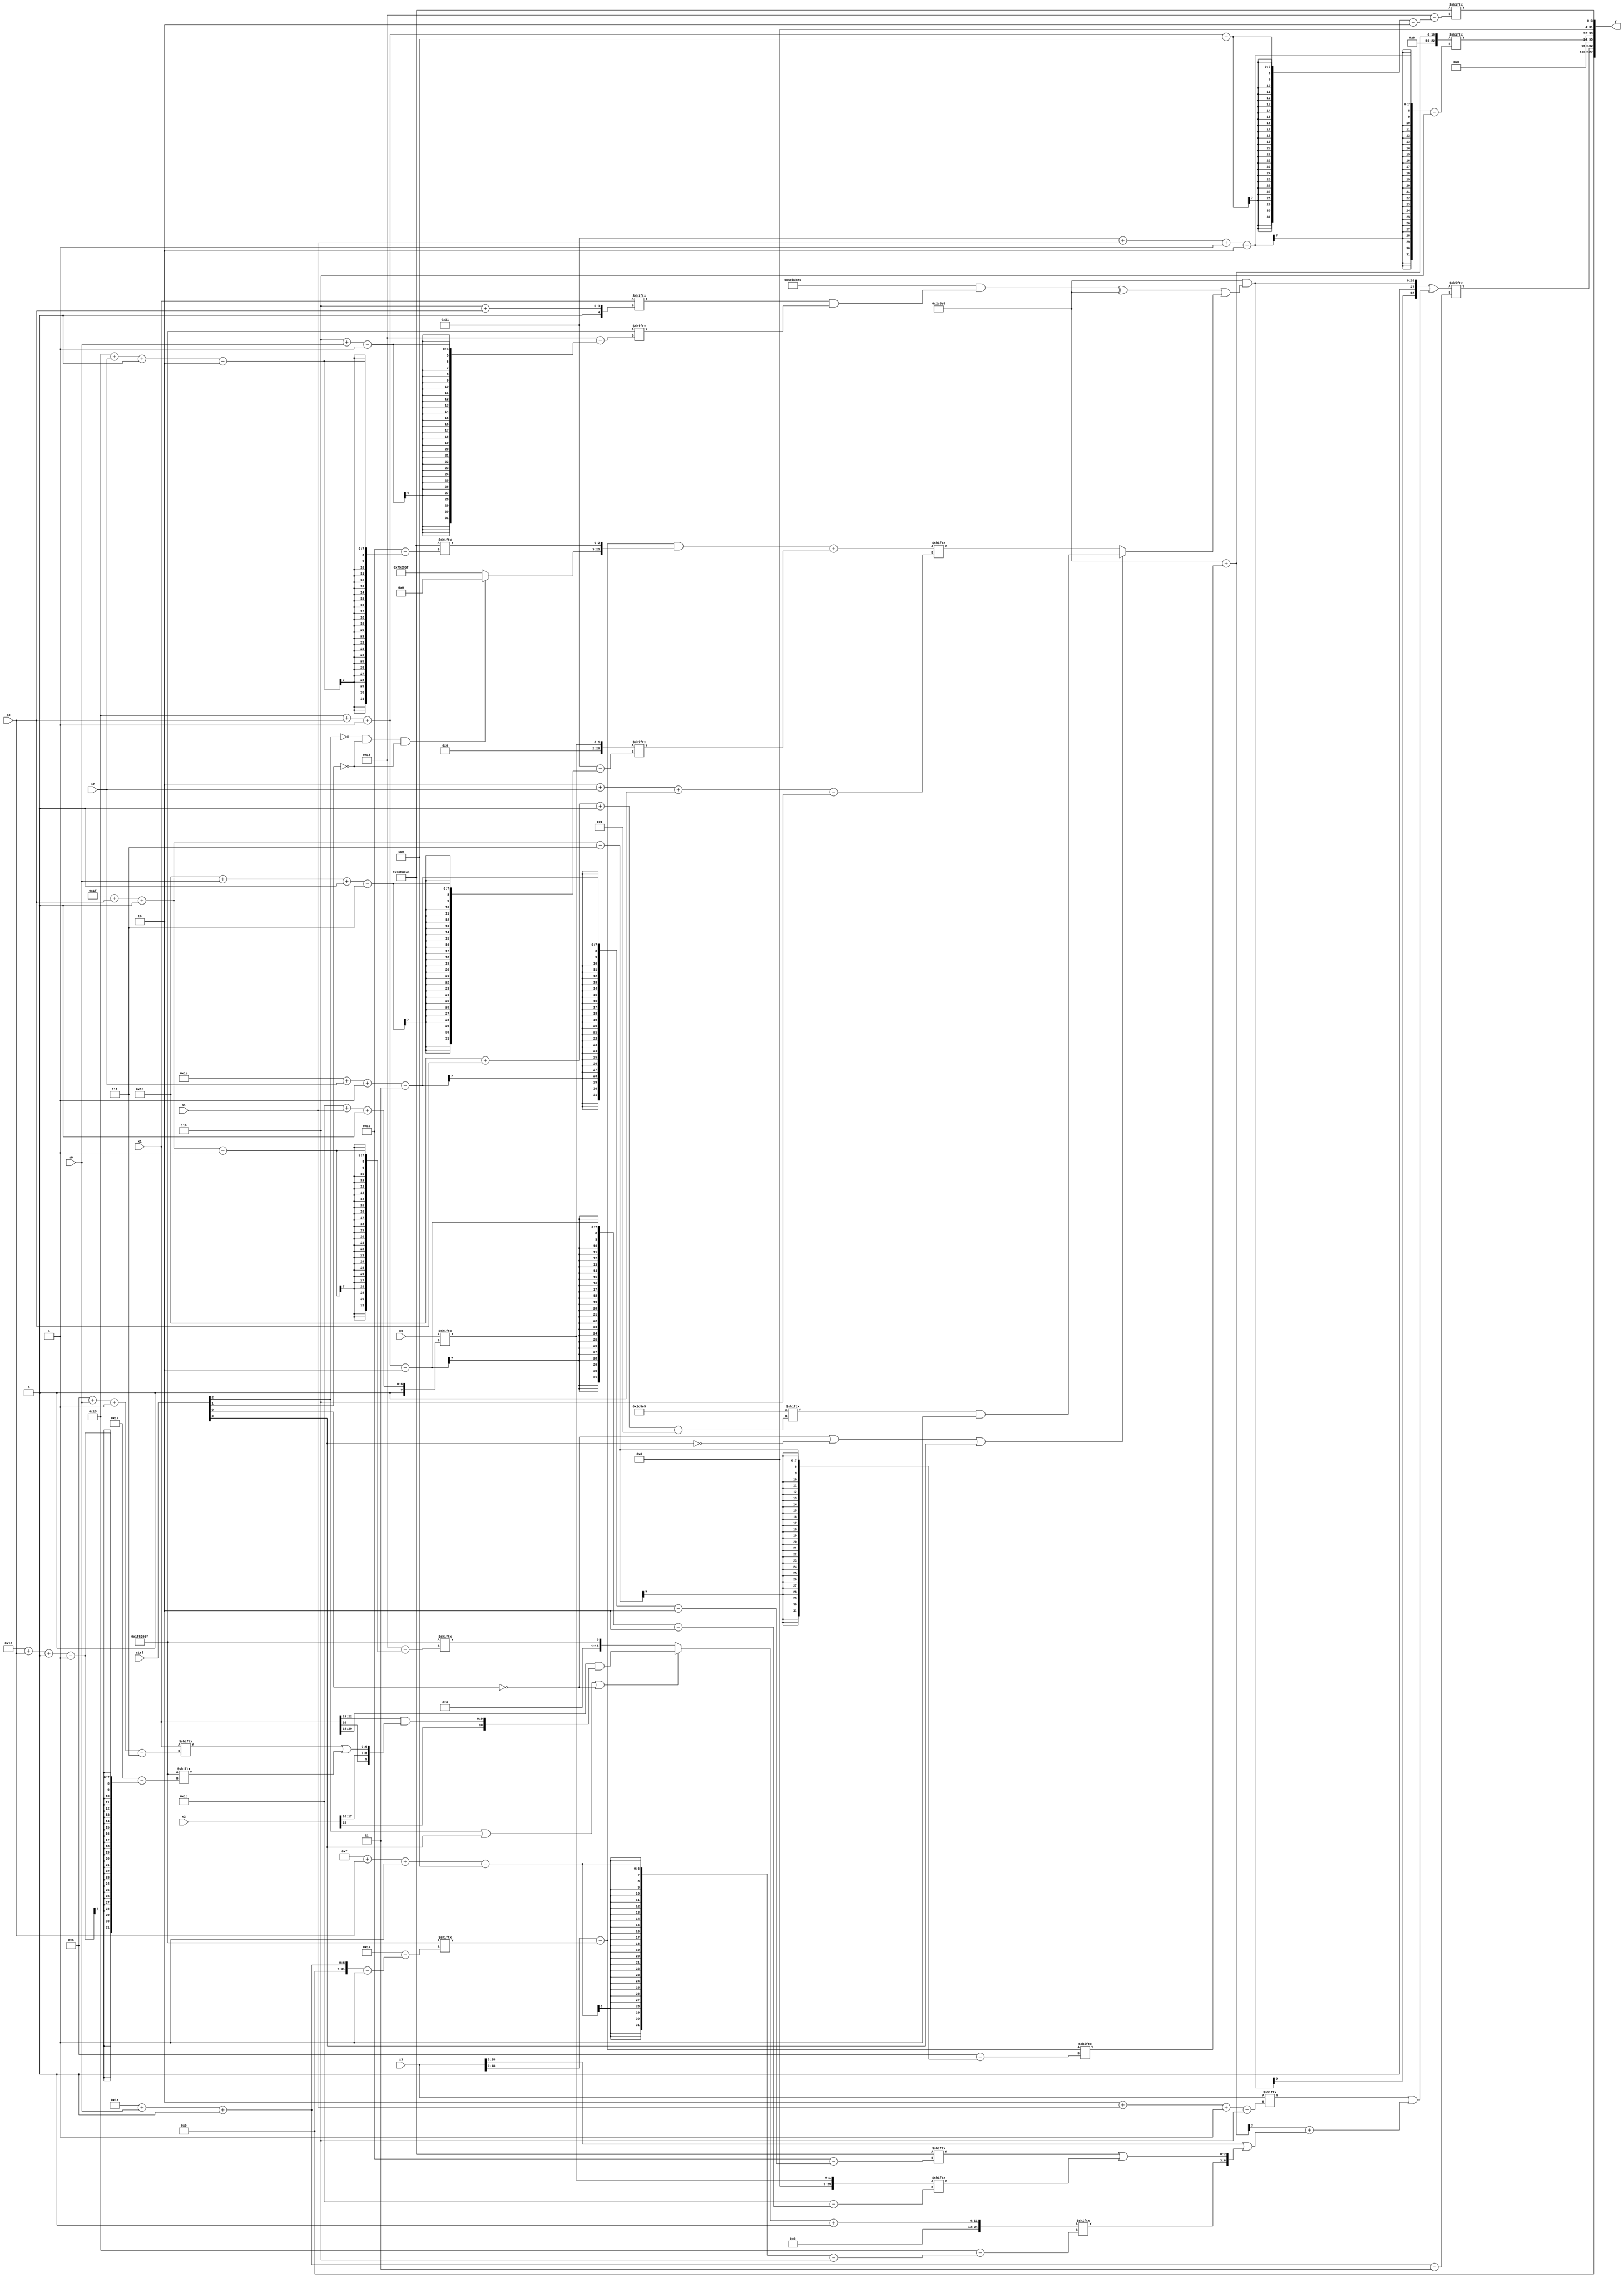
module partsel_00705(ctrl, s0, s1, s2, s3, x0, x1, x2, x3, y);
  input [3:0] ctrl;
  input [2:0] s0;
  input [2:0] s1;
  input [2:0] s2;
  input [2:0] s3;
  input [31:0] x0;
  input [31:0] x1;
  input signed [31:0] x2;
  input [31:0] x3;
  wire [24:6] x4;
  wire signed [7:27] x5;
  wire [5:24] x6;
  wire signed [7:25] x7;
  wire signed [7:31] x8;
  wire signed [2:31] x9;
  wire [31:6] x10;
  wire signed [28:6] x11;
  wire signed [28:7] x12;
  wire [6:30] x13;
  wire signed [25:5] x14;
  wire [31:3] x15;
  output [127:0] y;
  wire [31:0] y0;
  wire [31:0] y1;
  wire signed [31:0] y2;
  wire [31:0] y3;
  assign y = {y0,y1,y2,y3};
  localparam [25:5] p0 = 964871653;
  localparam [4:26] p1 = 609632979;
  localparam signed [1:25] p2 = 200616287;
  localparam signed [2:29] p3 = 711657294;
  assign x4 = (x1[18 +: 3] & {x2[15 +: 1], (x1[19 +: 4] & {{x1[16], x2[17 -: 2]}, (x1[11 + s0 -: 7] | p2[16 + s3 +: 2])})});
  assign x5 = x0[28 + s1 +: 2];
  assign x6 = x3[20 + s3 -: 5];
  assign x7 = (x3 - p2[26 + s0 +: 5]);
  assign x8 = ((p2 - p3[16 -: 1]) - x5);
  assign x9 = x5;
  assign x10 = ((x7 & {{p1[22 -: 2], (!ctrl[2] && !ctrl[1] && !ctrl[1] ? x5[16] : p2)}, p3[21 + s2 +: 3]}) + x5[27 + s0 +: 4]);
  assign x11 = (p0 + x7[31 + s3 +: 8]);
  assign x12 = p3;
  assign x13 = ((ctrl[2] || ctrl[3] || !ctrl[0] ? x4 : p2[31 + s3 +: 1]) + p2[11]);
  assign x14 = p0[27 + s0 -: 3];
  assign x15 = ({2{(p0 & ((((p1 - p3) & (x1[6 + s3] & p2[6 + s0])) ^ p0) | (!ctrl[0] || !ctrl[3] || ctrl[3] ? (p0[27 + s3 +: 3] & p0[13]) : x10[2 + s2 +: 3])))}} ^ (x3[2 + s1 -: 6] | (x11[9] + ({(x6[7 + s3 -: 7] & ((p2[17 +: 1] + (x2 & (p2[23 + s1 -: 4] - x3[15 + s0 +: 6]))) | x10[4 + s2 -: 8])), x3} | {x13[15 + s3 -: 4], (p3[30 + s2 -: 3] | x9[21 + s3 -: 2])}))));
  assign y0 = x15[26 + s0 +: 7];
  assign y1 = p2[20];
  assign y2 = x11[17 + s1 -: 2];
  assign y3 = p3[21 + s3 -: 4];
endmodule